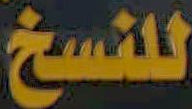
للنسخ